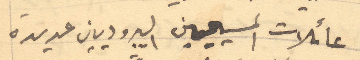
عائلات المسيحيين اليبروديين عديدة